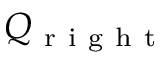
Q _ { \mathrm { ~ r ~ i ~ g ~ h ~ t ~ } }